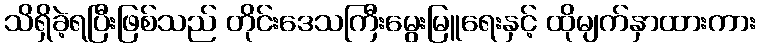
သိရှိခဲ့ရပြီးဖြစ်သည် တိုင်းဒေသကြီးမွေးမြူရေးနှင့် ထိုမျက်နှာထားကား